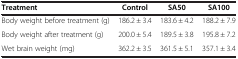
<table><thead><tr><td><b>Treatment</b></td><td><b>Control</b></td><td><b>SA50</b></td><td><b>SA100</b></td></tr></thead><tbody><tr><td>Body weight before treatment (g)</td><td>186.2 ± 3.4</td><td>183.6 ± 4.2</td><td>188.2 ± 7.9</td></tr><tr><td>Body weight after treatment (g)</td><td>200.0 ± 5.4</td><td>189.5 ± 3.8</td><td>195.8 ± 7.2</td></tr><tr><td>Wet brain weight (mg)</td><td>362.2 ± 3.5</td><td>361.5 ± 5.1</td><td>357.1 ± 3.4</td></tr></tbody></table>